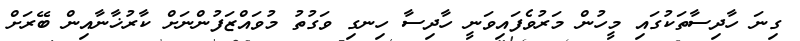
ގިނަ ހާދިސާތަކުގައި މީހުން މަރުވެފައިވަނީ ހާދިސާ ހިނގި ވަގުތު މުވައްޒަފުންނަށް ކާރުޚާނާއިން ބޭރަށް